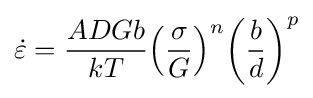
{\dot {\varepsilon }}={\frac {ADGb}{kT}}{\left({\frac {\sigma }{G}}\right)}^{n}{\left({\frac {b}{d}}\right)}^{p}